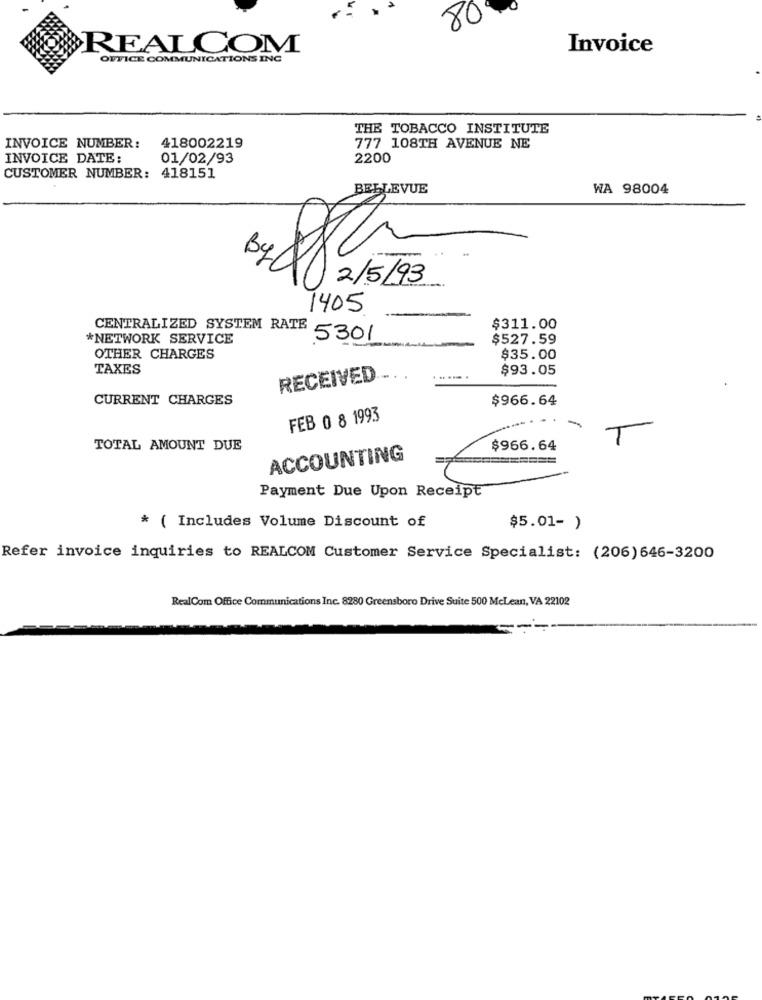
80ª
REALCOM
Invoice
OFFICE COMMUNICATIONS INC
THE TOBACCO INSTITUTE
INVOICE NUMBER:
418002219
777 108TH AVENUE NE
INVOICE DATE:
01/02/93
2200
CUSTOMER NUMBER: 418151
BELLEVUE
WA 98004
X
BY
2/5/93
1405
CENTRALIZED SYSTEM RATE
$311.00
*NETWORK SERVICE
5301
$527.59
OTHER CHARGES
$35.00
TAXES
$93.05
RECEIVED
CURRENT CHARGES
$966.64
FEB 0 8 1993
TOTAL AMOUNT DUE
$966.64
ACCOUNTING
Payment Due Upon Receipt
* ( Includes Volume Discount of
$5.01- )
Refer invoice inquiries to REALCOM Customer Service Specialist: (206)646-3200
RealCom Office Communications Inc. 8280 Greensboro Drive Suite 500 McLean, VA 22102
-